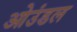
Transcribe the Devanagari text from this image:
ओउंडल